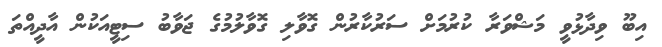
އިބޫ ވިދާޅުވީ މަޝްވަރާ ކުރުމަށް ސަރުކާރުން ގޮވާލި ގޮވާލުމުގެ ޖަވާބު ސިޓީއަކުން އާދީއްތަ